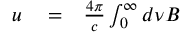
\begin{array} { r l r } { u } & { { } = } & { \frac { 4 \pi } { c } \int _ { 0 } ^ { \infty } d \nu B } \end{array}